Source: Handwritten
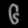
Digit: ၆ (6)